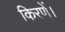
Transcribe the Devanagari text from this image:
किरणें।